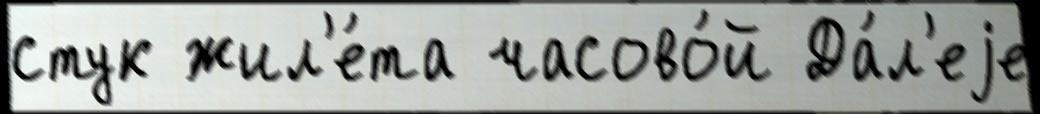
стук жил'е́та часово́й Да́л'еjе